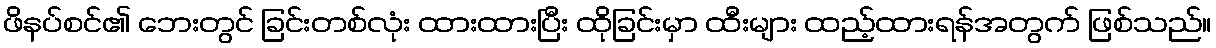
ဖိနပ်စင်၏ ဘေးတွင် ခြင်းတစ်လုံး ထားထားပြီး ထိုခြင်းမှာ ထီးများ ထည့်ထားရန်အတွက် ဖြစ်သည်။